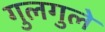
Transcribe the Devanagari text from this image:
गुलगुले